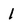
Character: 1